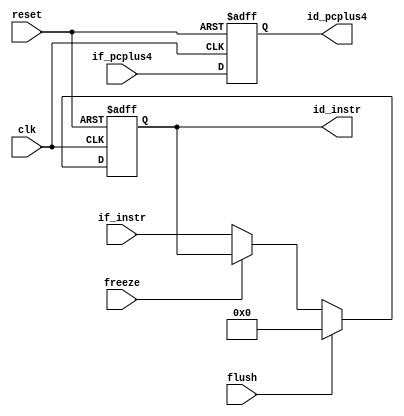
module pipe_if2id(input clk, reset,
                  input         flush,
                  input         freeze,
                  input [31:0]  if_pcplus4,
                  input [31:0]  if_instr,
                  output [31:0] id_pcplus4,
                  output [31:0] id_instr);

   reg [31:0]              id_pcplus4;
   reg [31:0]              id_instr;

   // Dummy if2id
   always @(posedge clk, posedge reset)
     begin
        if (reset)
          begin
             id_pcplus4 <= 0;
             id_instr <= 0;
          end
        else
          begin
             id_pcplus4 <= if_pcplus4;
             if (flush)
               begin
                  id_instr <= 32'h00000000; // Inject NOP bubble
               end
             else
               begin
                  if (!freeze)
                    begin
                       id_instr <= if_instr;
                    end
               end
          end
     end

endmodule